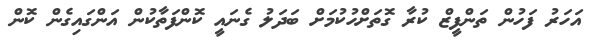
އަހަރު ފަހުން ތަންފީޒް ކުރާ ގޮތަށްހުކުމަށް ބަދަލު ގެނައީ ކޮންފަތާކުން އަންގައިގެން ކޮން